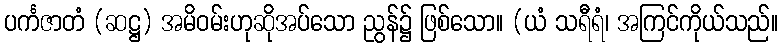
ပင်္ကဇာတံ (ဆဋ္ဌ) အမိဝမ်းဟုဆိုအပ်သော ညွန်၌ ဖြစ်သော။ (ယံ သရီရံ၊ အကြင်ကိုယ်သည်။